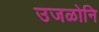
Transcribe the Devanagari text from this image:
उजळोनि